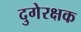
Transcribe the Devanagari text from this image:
दुगेरक्षक